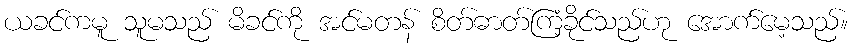
ယခင်ကမူ သူမသည် မိခင်ကို အင်မတန် စိတ်ဓာတ်ကြံ့ခိုင်သည်ဟု အောက်မေ့သည်။